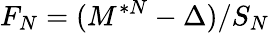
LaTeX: F_{N}=(M^{*N}-\Delta)/S_{N}